Vaccination North-Western Provinces 1866-1877 - 1866-1877
Year: 1866
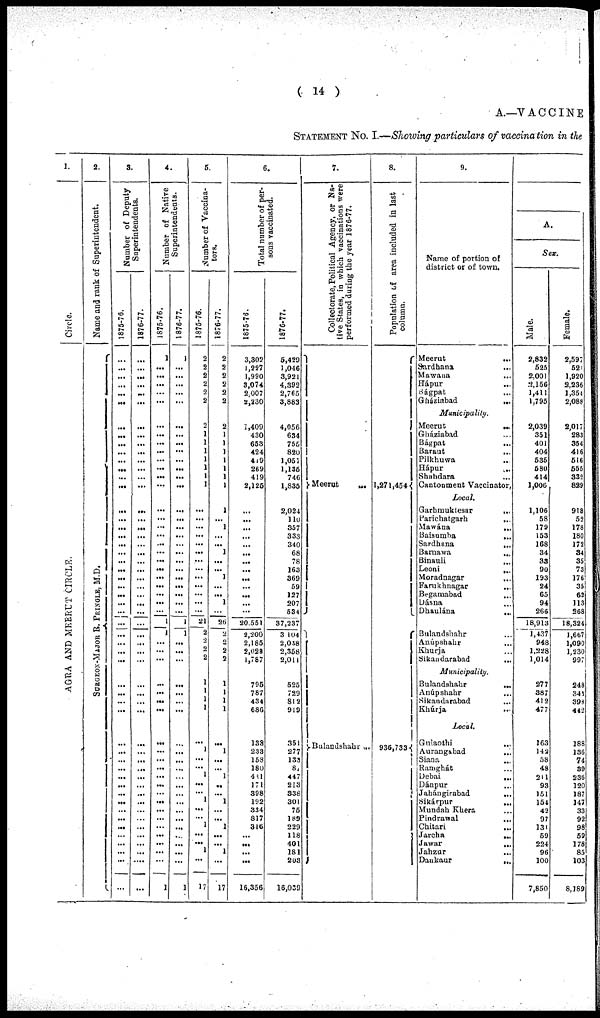
( 14 )
A.—VACCINE
STATEMENT No. I.—Showing particulars of vaccination in the
1.
Circle.
AGRA AND MEERUT CIRCLE.
2.
Name and rank of Superintendent.
SURGEON-MAJOR B. PRINGLE, M.D.
3.
Number of Deputy
Superintendents.
1875-76.
...
...
...
...
...
...
...
...
...
...
...
...
...
...
...
...
...
...
...
...
...
...
...
...
...
...
...
...
...
...
...
...
...
...
...
...
...
...
...
...
...
...
...
...
...
...
...
...
...
...
...
...
1876-77.
...
...
...
...
...
...
...
...
...
...
...
...
...
...
...
...
...
...
...
...
...
...
...
...
...
...
...
...
...
...
...
...
...
...
...
...
...
...
...
...
...
...
...
...
...
...
...
...
...
...
....
...
4.
Number of Native
Superintendents.
1875-76.
1
...
...
...
...
...
...
...
...
...
...
...
...
...
...
...
...
...
...
...
...
...
...
...
...
...
...
1
1
...
...
...
...
...
...
...
...
...
...
...
...
...
...
...
...
...
...
...
...
...
...
1
1876-77.
1
...
...
...
...
...
...
...
...
...
...
...
...
...
...
...
...
...
...
...
...
...
...
...
...
...
...
1
1
...
...
...
...
...
...
...
...
...
...
...
...
...
...
...
...
...
...
...
...
...
...
1
5.
Number of Vaccina-
tors.
1875-76.
2
2
2
2
2
2
2
1
1
1
1
1
1
1
...
...
...
...
...
...
...
...
...
...
...
...
...
21
2
2
2
2
1
1
1
1
...
1
...
... 1
...
...
1
...
...
1
...
...
1
...
17
1876-77.
2
2
2
2
2
2
2
1
1
1
1
1
1
1
1
... 1
...
... 1
...
...
1
...
...
1
...
26
2
2
2
2
1
1
1
1
...
1
...
... 1
...
...
1
...
...
1
...
...
1
...
17
6.
Total number of per-
sons vaccinated.
1875-76.
3,302
1,227
1,990
3,074
2,007
2,230
1,409
430
653
424
419
269
419
2,125
...
...
...
...
...
...
...
...
...
...
...
...
...
20,551
2,200
2,185
2,028
1,787
795
787
434
686
133
233
153
180
431
171
398
192
334
817
316
...
...
...
...
16,356
1876-77.
5,429
1,046
3,921
4,392
2,765
3,883
4,056
634
755
820
1,051
1,136
746
1,835
2,024
110
357
333
340
68
78
163
369
59
127
207
534
37,237
3 104
2,038
2,358
2,011
525
729
812
919
351
277
133
87
447
213
338
301
75
189
229
118
401
181
203
16,039
7.
Collectorate, Political Agency, or Na-
tive States, in which vaccinations were
performed during the year 1876-77.
Meerut
...
Bulandshahr ...
8.
Population of area included in last
column.
1,271,454
936,733
9.
Name of portion of
district or of town.
Meerut
...
Sardhana ...
Mawana ...
Hápur ...
Bágpat ...
Gháziabad
...
Municipality.
Meerut
...
Gháziabad ...
Bágpat
...
Baraut
...
Pilkhuwa ...
Hápur
...
Shahdara ...
Cantonment Vaccinator,
Local.
Garhmuktesar
...
Parichatgarh
...
Mawána
...
Baisumba
...
Sardhana
...
Barnawa ...
Binauli
...
Leoni ...
Moradnagar ...
Farukhnagar
...
Begamabad ...
Dásna
...
Dhaulána
...
Bulandshahr ...
Anúpshahr ...
Khurja ...
Sikandarabad
Municipality.
Bulandshahr
...
Anúpshahr ...
Sikandarabad ...
Khúrja ...
Local.
Gulaothi
...
Aurangabad ...
Siana ...
Ramghát ...
Debai ...
Dánpur
Jahángirabad
...
Sikárpur
...
Mundah Khera
Pindrawal
...
Chitari
...
Jarcha
...
Jawar
...
Jahzur
...
Dankaur
...
A.
Sex.
Male.
2,832
525
2,001
2,156
1,411
1,795
2,039
351
401
404
535
580
414
1,006
1,106
58
179
153
168
34
33
90
193
24
65
94
266
18,913
1,437
948
1,228
1,014
277
387
412
477
163
142
58
48
241
93
151
154
42
97
131
59
224
96
100
7,850
Female.
2,597
521
1,920
2,236
1,354
2,088
2,017
283
354
416
516
555
332
829
918
52
178
180
172
34
35
73
176
35
62
113
268
18,324
1,667
1,090
1,230
997
248
348
398
442
188
136
74
39
236
120
187
147
33
92
98
59
178
85
103
8,189